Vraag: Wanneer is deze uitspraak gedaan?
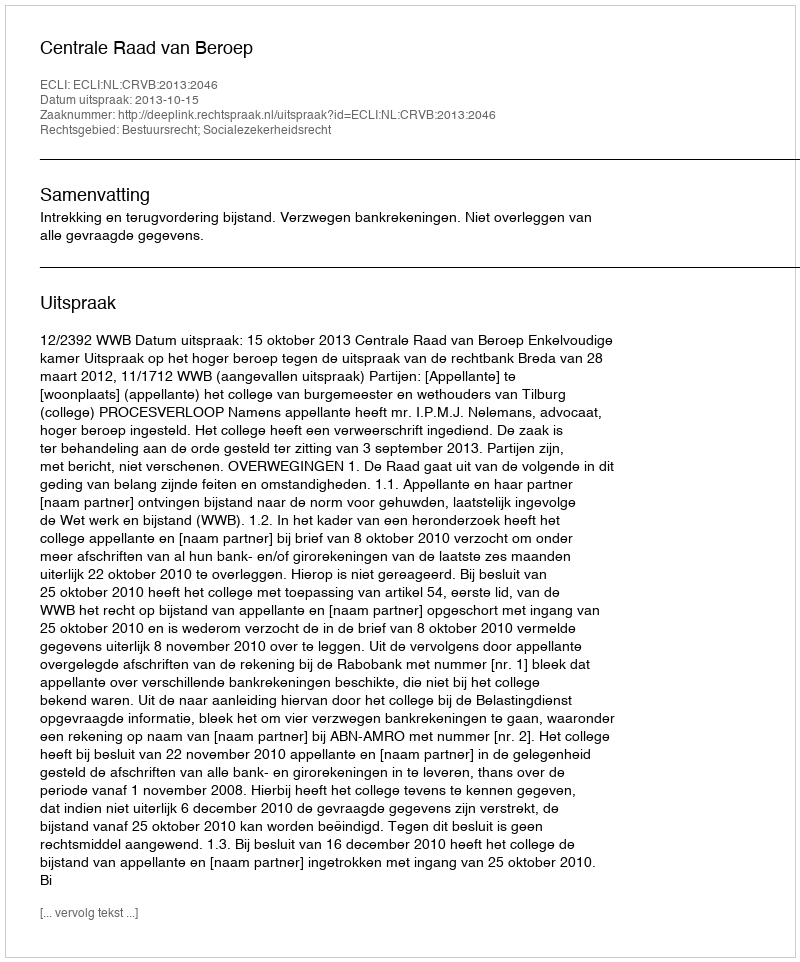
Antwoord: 2013-10-15